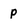
Character: p